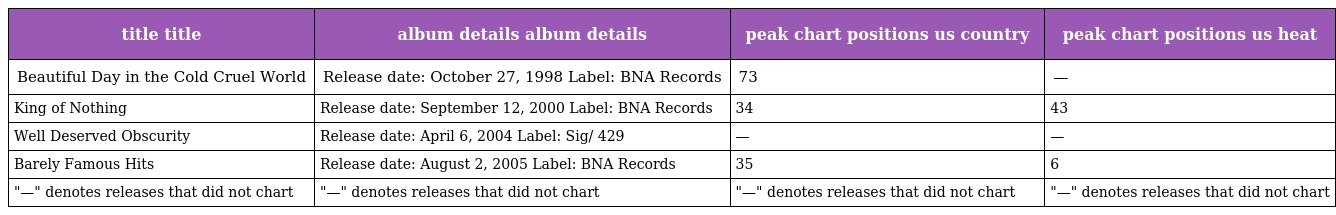
| title title | album details album details | peak chart positions us country | peak chart positions us heat |
 | --- | --- | --- | --- |
 | Beautiful Day in the Cold Cruel World | Release date: October 27, 1998 Label: BNA Records | 73 | — |
 | King of Nothing | Release date: September 12, 2000 Label: BNA Records | 34 | 43 |
 | Well Deserved Obscurity | Release date: April 6, 2004 Label: Sig/ 429 | — | — |
 | Barely Famous Hits | Release date: August 2, 2005 Label: BNA Records | 35 | 6 |
 | "—" denotes releases that did not chart | "—" denotes releases that did not chart | "—" denotes releases that did not chart | "—" denotes releases that did not chart |